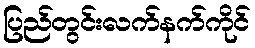
ပြည်တွင်းလက်နက်ကိုင်